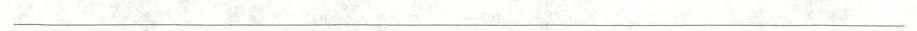
_______________________________